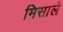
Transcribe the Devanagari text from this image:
मिसाले